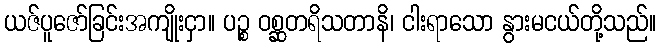
ယဇ်ပူဇော်ခြင်းအကျိုးငှာ။ ပဉ္စ ဝစ္ဆတရိသတာနိ၊ ငါးရာသော နွားမငယ်တို့သည်။